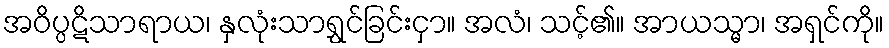
အဝိပ္ပဋိသာရာယ၊ နှလုံးသာရွှင်ခြင်းငှာ။ အလံ၊ သင့်၏။ အာယသ္မာ၊ အရှင်ကို။